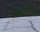
રબારિકા